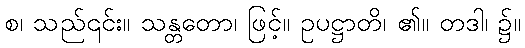
စ၊ သည်၎င်း။ သန္တတော၊ ဖြင့်။ ဥပဋ္ဌာတိ၊ ၏။ တဒါ၊ ၌။